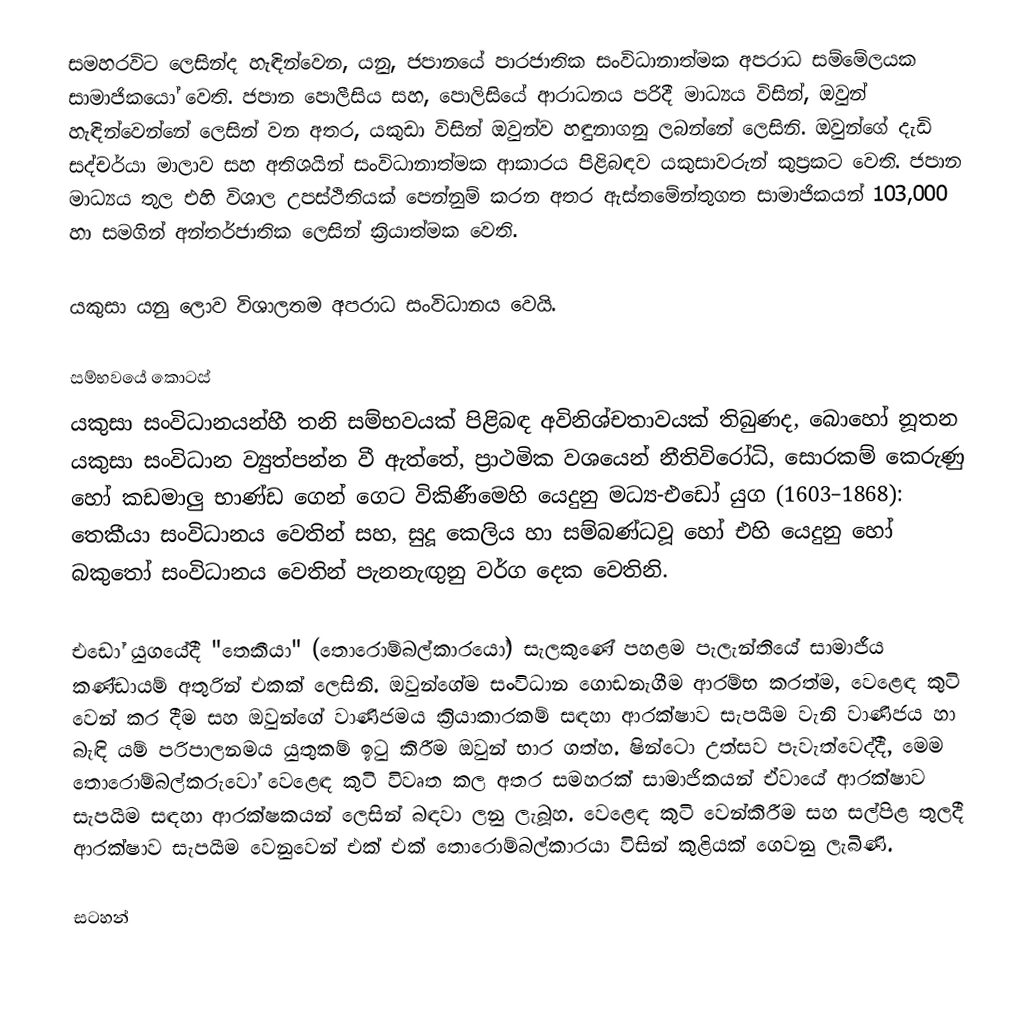
සමහරවිට  ලෙසින්ද හැඳින්වෙන,  යනු, ජපානයේ  පාරජාතික සංවිධානාත්මක අපරාධ සම්මේලයක  සාමාජිකයෝ වෙති. ජපාන පොලීසිය සහ, පොලිසියේ ආරාධනය පරිදී මාධ්‍යය විසින්, ඔවුන් හැඳින්වෙන්නේ  ලෙසින් වන අතර, යකුඩා විසින් ඔවුන්ව හඳුනාගනු ලබන්නේ  ලෙසිනි. ඔවුන්ගේ දැඩි සද්චර්යා මාලාව සහ අතිශයින් සංවිධානාත්මක ආකාරය පිළිබඳව යකුසාවරුන් කුප්‍රකට වෙති. ජපාන මාධ්‍යය තුල එහි විශාල උපස්ථිතියක් පෙන්නුම් කරන අතර ඇස්තමේන්තුගත සාමාජිකයන් 103,000 හා සමගින් අන්තර්ජාතික ලෙසින් ක්‍රියාත්මක වෙති.

යකුසා යනු ලොව විශාලතම අපරාධ සංවිධානය වෙයි.

සම්භවයේ කොටස්
යකුසා සංවිධානයන්හී තනි සම්භවයක් පිළිබඳ අවිනිශ්චතාවයක් තිබුණද, බොහෝ නූතන යකුසා සංවිධාන ව්‍යුත්පන්න වී ඇත්තේ, ප්‍රාථමික වශයෙන් නීතිවිරෝධි, සොරකම් කෙරුණු හෝ කඩමාලු භාණ්ඩ ගෙන් ගෙට විකිණීමෙහි යෙදුනු මධ්‍ය-එඩෝ යුග (1603–1868): තෙකීයා සංවිධානය වෙතින් සහ, සුදූ කෙලිය හා සම්බණ්ධවූ හෝ එහි යෙදුනු හෝ බකුතෝ සංවිධානය වෙතින් පැනනැඟුනු වර්ග දෙක වෙතිනි.

එඩෝ යුගයේදී  "තෙකීයා" (තොරොම්බල්කාරයෝ) සැලකුණේ පහළම පැලැන්තියේ සාමාජීය කණ්ඩායම් අතුරින් එකක් ලෙසිනි. ඔවුන්ගේම සංවිධාන ගොඩනැගීම ආරම්භ කරත්ම, වෙළෙඳ කුටි වෙන් කර දීම සහ ඔවුන්ගේ වාණිජමය ක්‍රියාකාරකම් සඳහා ආරක්ෂාව සැපයීම වැනි වාණිජය හා බැඳි යම් පරිපාලනමය යුතුකම් ඉටු කිරීම ඔවුන් භාර ගත්හ. ෂින්ටො උත්සව පැවැත්වෙද්දී, මෙම තොරොම්බල්කරුවෝ වෙළෙඳ කුටි විවෘත කල අතර සමහරක් සාමාජිකයන් ඒවායේ ආරක්ෂාව සැපයීම සඳහා ආරක්ෂකයන් ලෙසින් බඳවා ලනු ලැබූහ. වෙළෙඳ කුටි වෙන්කිරීම සහ සල්පිළ තුලදී ආරක්ෂාව සැපයීම වෙනුවෙන් එක් එක් තොරොම්බල්කාරයා විසින් කුළියක් ගෙවනු ලැබිණි.

සටහන්